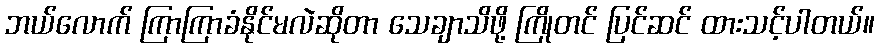
ဘယ်လောက် ကြာကြာခံနိုင်မလဲဆိုတာ သေချာသိဖို့ ကြိုတင် ပြင်ဆင် ထားသင့်ပါတယ်။